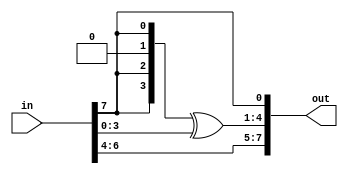

// ---------- MULTIPLY BY 2 ----------

/*
   2 = 0010 = x ;   v = 1011 0010 = x7 + x5 + x4 + x ;   P = 'h11B = 1 0001 1011 = x8 + x4 + x3 + x + 1
   v*2 = v*x = (x7 + x5 + x4 + x)x = x8 + x6 + x5 + x2;
   v*2(modP) = (x8 + x6 + x5 + x2) + (x8 + x4 + x3 + x + 1) = x6 + x5 + x4 + x3 + x2 + x + 1 = 0111 1111
*/

module xtimes    ( in, out );


// ---------- MODULE INTERFACE ----------

input       [7:0]	in;
output      [7:0]	out;


// ---------- MODULE REGISTERS AND SIGNALS ----------

wire    [3:0]       xt;


// ---------- MODULE IMPLEMENTATION ----------

// same as: xt = in[7] ? 1101 : 0000;
assign xt[3] = in[7];
assign xt[2] = in[7];
assign xt[1] = 1'b0;
assign xt[0] = in[7];

// if in = 1011 0010, in * 2 (mod P)= 1 0110 0100 
//                                xor 1 0001 1011 = 011 1111 1
// same as: {in[6:4], xt ^ in[3:0], in[7]} =        011,1111,1

assign out[7:5] = in[6:4];
assign out[4:1] = xt[3:0] ^ in[3:0];  // 1101 ^ 0010 = 1111
assign out[0]   = in[7];

endmodule